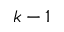
k - 1